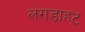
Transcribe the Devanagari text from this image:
लंगड़ाहट